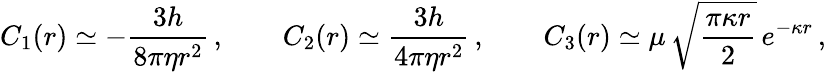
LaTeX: C_{1}(r)\simeq-\frac{3h}{8\pi\eta r^{2}}\, ,\qquad C_{2}(r)\simeq\frac{3h}{4\pi\eta r^{2}}\, ,\qquad C_{3}(r)\simeq\mu\, \sqrt{\frac{\pi\kappa r}{2}}\, e^{-\kappa r}\, ,